Document type: Grant
Year: 1310
Scribe: [Unknown]
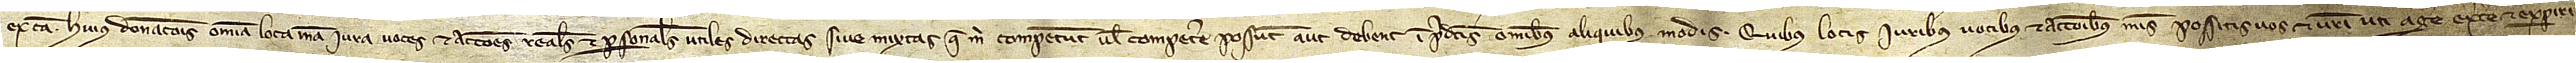
ex causa huius donacionis omnia loc mea, iura, voces et acciones reales et personales, utiles, directas sive mixtas que mihi competunt vel competere possunt aute debent in predictis omnibus aliquibus modis. Quibus locis, iuribus, vocibus et accionibus meis possitis vos et vestri uti, agere, excercere et experiri